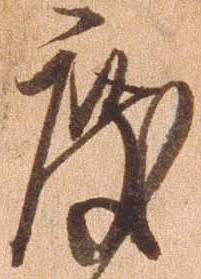
度